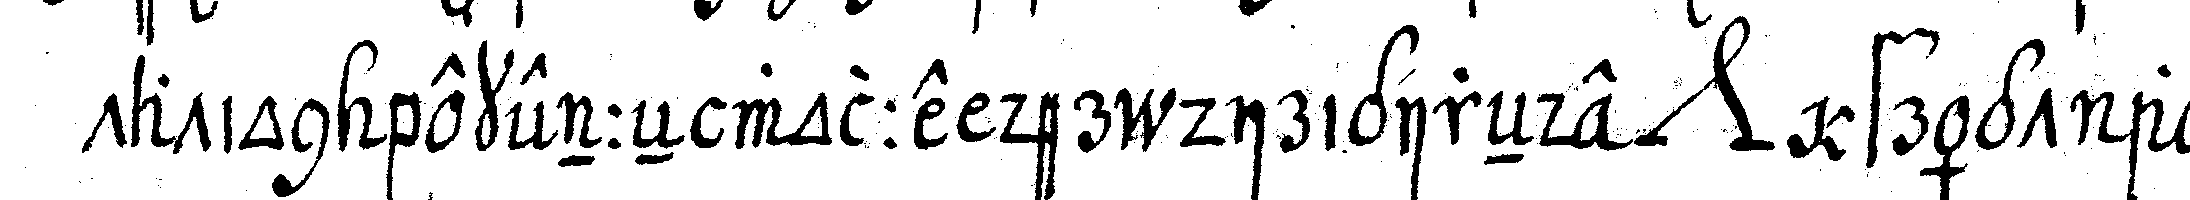
tation bekenneN wolle der dirigireNde *nee* frägt alle